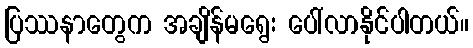
ပြဿနာတွေက အချိန်မရွေး ပေါ်လာနိုင်ပါတယ်။